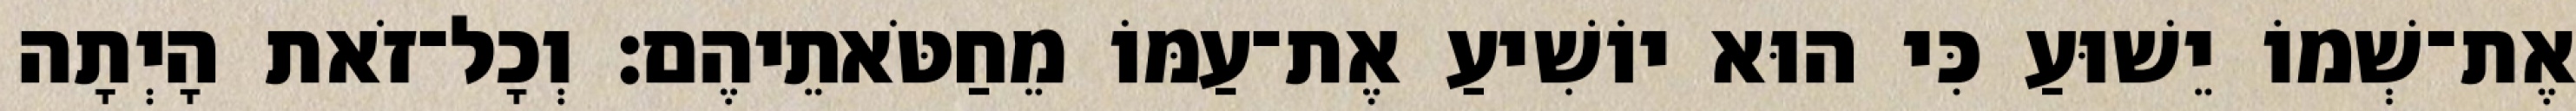
אֶת־שְׁמוֹ יֵשׁוּעַ כִּי הוּא יוֹשִׁיעַ אֶת־עַמּוֹ מֵחַטֹּאתֵיהֶם׃ וְכָל־זֹאת הָיְתָה